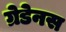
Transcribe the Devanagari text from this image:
ग्रेडेनस